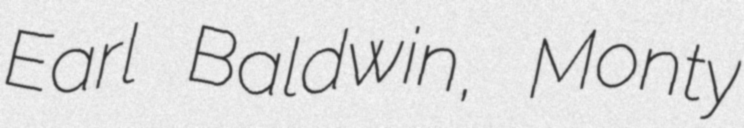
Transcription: Earl Baldwin, Monty